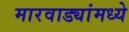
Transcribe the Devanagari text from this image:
मारवाड्यांमध्ये